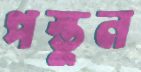
পস্তুন